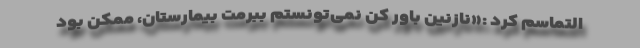
التماسم کرد :«نازنین باور کن نمی‌تونستم ببرمت بیمارستان، ممکن بود